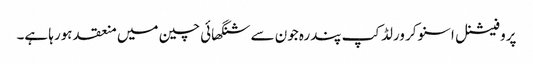
پروفیشنل اسنوکر ورلڈکپ پندرہ جون سے شنگھائی چین میں منعقد ہورہا ہے۔